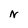
Character: N